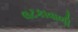
લટકાવાળી